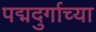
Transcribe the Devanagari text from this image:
पद्मदुर्गाच्या